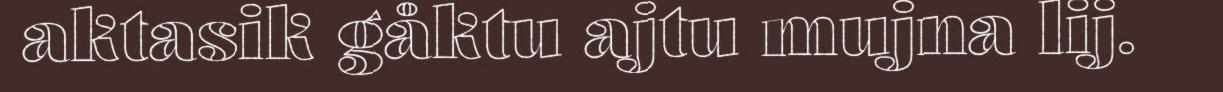
aktasik gåktu ajtu mujna lij.